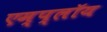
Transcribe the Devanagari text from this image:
एम्प्लॉय